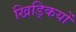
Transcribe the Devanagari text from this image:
खिड्कियों